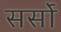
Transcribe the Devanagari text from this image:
सर्सो